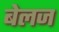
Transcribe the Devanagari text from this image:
बेलज